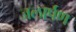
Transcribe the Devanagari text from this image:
जलार्पण